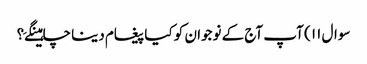
سوال ۱۱ ) آپ آج کے نوجوان کو کیا پیغام دینا چاہینگےَ؟